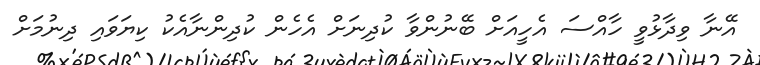
އޭނާ ވިދާޅުވީ ހާއްސަ އެހީއަށް ބޭނުންވާ ކުދިނަށް އެހެން ކުދިންނާއެކު ކިޔަވައި ދިނުމަށް